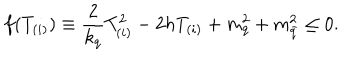
LaTeX: f ( T _ { ( i ) } ) \equiv { \frac { 2 } { k _ { q } } } T _ { ( i ) } ^ { 2 } - 2 h T _ { ( i ) } + m _ { q } ^ { 2 } + m _ { \bar { q } } ^ { 2 } \leq 0 .